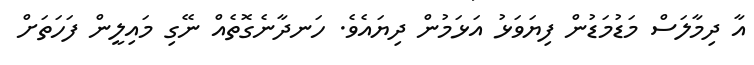
އާ ދިމާލަސް މަޑުމަޑުން ފިޔަވަޅު އަޅަމުން ދިޔައެވެ. ހަނދާނެގޮތެއް ނޭގި މައިލީން ފަހަތަށް